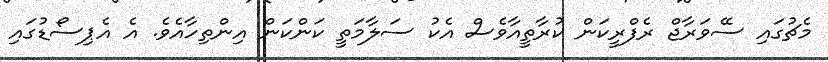
މެޗުގައި ސޭވަރާޖް ރެފްރީކަން ކުރާތީއާވެސް އެކު ސަލާމަތީ ކަންކަން އިންތިހާއެވެ. އެ އެޕިސޯޑުގައި